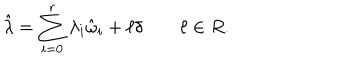
\hat { \lambda } = \sum _ { i = 0 } ^ { r } \lambda _ { i } \hat { \omega } _ { i } + \ell \delta \qquad \ell \in R .